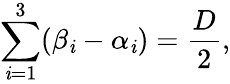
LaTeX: \sum_{\mathit{i}=1}^{3}(\beta_{\mathit{i}}-\alpha_{\mathit{i}})=\frac{{D}}{{2}},